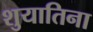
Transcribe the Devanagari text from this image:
शुयातिना